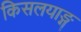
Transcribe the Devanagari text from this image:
किसलयाङ्ग